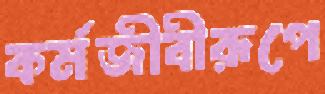
কর্মজীবীরূপে